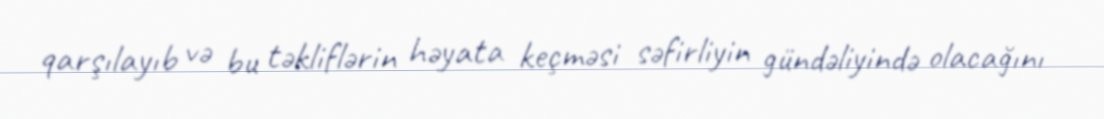
qarşılayıb və bu təkliflərin həyata keçməsi səfirliyin gündəliyində olacağını